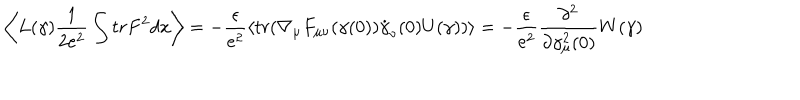
\left< L ( \gamma ) \frac { 1 } { 2 e ^ { 2 } } \int t r F ^ { 2 } d x \right> = - \frac { \epsilon } { e ^ { 2 } } \left< t r ( \nabla _ { \mu } F _ { \mu \nu } ( \gamma ( 0 ) ) \dot { \gamma } _ { \nu } ( 0 ) U ( \gamma ) ) \right> = - \frac { \epsilon } { e ^ { 2 } } \frac { \partial ^ { 2 } } { \partial \gamma _ { \mu } ^ { 2 } ( 0 ) } W ( \gamma )